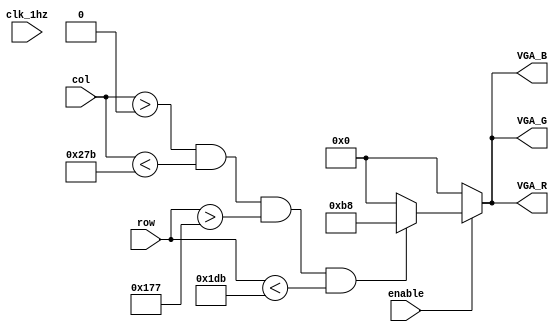
module status_bar(
	input enable,
	input clk_1hz,
	input [9:0] col,
	input [9:0] row,
	output [7:0] VGA_R,
	output [7:0] VGA_G,
	output [7:0] VGA_B
);

reg [7:0] status_r;
reg [7:0] status_g;
reg [7:0] status_b;

reg [9:0] l_status = 0, r_status = 635, u_status = 375, d_status = 475;

always @(*) begin
	
	if(enable == 1) begin
		status_r <= ((col > l_status) && (col < r_status) && (row > u_status) && (row < d_status)) ? 8'hb8 : 8'h00;
		status_g <= ((col > l_status) && (col < r_status) && (row > u_status) && (row < d_status)) ? 8'hb8 : 8'h00;
		status_b <= ((col > l_status) && (col < r_status) && (row > u_status) && (row < d_status)) ? 8'hb8 : 8'h00;
	end
	else begin
		status_r <= 0;
		status_g <= 0;
		status_b <= 0;
	end
end

assign VGA_R = status_r;
assign VGA_G = status_g;
assign VGA_B = status_b;

endmodule